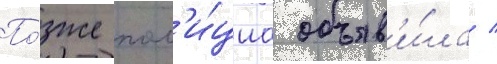
По́зже пол'и́циа объяв'и́ла /